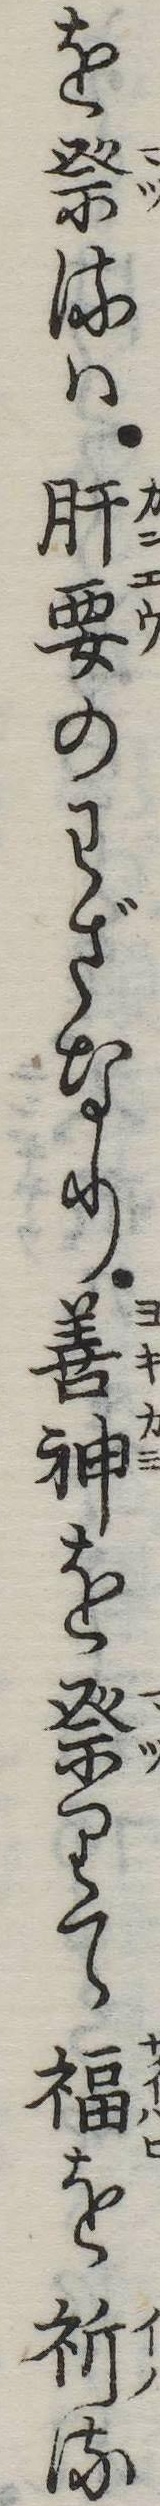
を𥙊るは肝要のわざなり善神を𥙊りて福を祈る